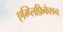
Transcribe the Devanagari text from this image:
एम्प्लिफ़िकेशन